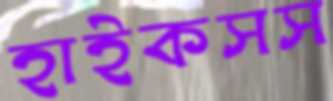
হাইকসস